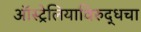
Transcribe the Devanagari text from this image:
ऑस्ट्रेलियाविरुद्धचा